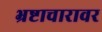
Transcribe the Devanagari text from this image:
भ्रष्टाचारावर